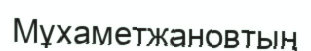
Мұхаметжановтың